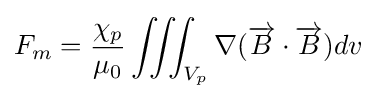
F_{m}={\frac {\chi _{p}}{\mu _{0}}}\iiint _{V_{p}}\nabla ({\overrightarrow {B}}\cdot {\overrightarrow {B}})dv